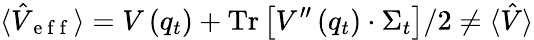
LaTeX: \langle\hat{V}_{\mathrm{~e~f~f~}}\rangle=V\left(q_{t}\right)+\operatorname{Tr}\left[V^{\prime\prime}\left(q_{t}\right)\cdot\Sigma_{t}\right]/2\neq\langle\hat{V}\rangle